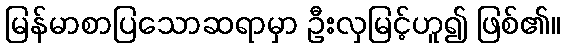
မြန်မာစာပြသောဆရာမှာ ဦးလှမြင့်ဟူ၍ ဖြစ်၏။